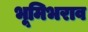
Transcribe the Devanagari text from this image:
भूमिभराव